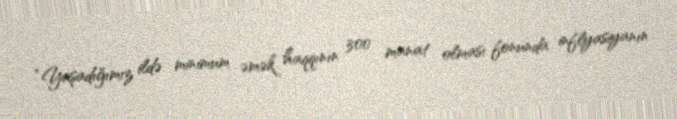
“Yaşadığımız ildə minimum əmək haqqının 300 manat olması fonunda inflyasiyanın